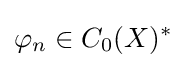
\varphi _{n}\in C_{0}(X)^{*}